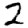
Digit: 2